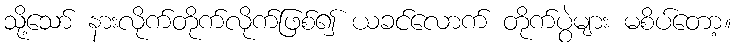
သို့သော် နားလိုက်တိုက်လိုက်ဖြစ်၍ ယခင်လောက် တိုက်ပွဲများ မစိပ်တော့။